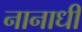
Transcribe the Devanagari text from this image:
नानाधी